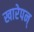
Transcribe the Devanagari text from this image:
खारेपन्